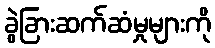
ခွဲခြားဆက်ဆံမှုများကို